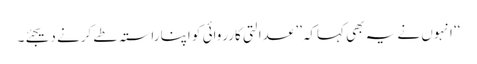
‘‘ انہوں نے یہ بھی کہاکہ’’ عدالتی کارروائی کو اپنا راستہ طے کرنے دیجئے۔